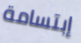
إبتسامة